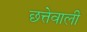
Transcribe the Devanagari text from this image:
छत्तेवाली